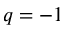
q = - 1